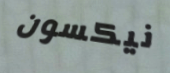
نيكسون